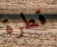
قطرة